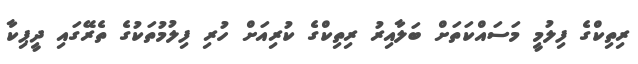
ރިތިކްގެ ފިލުމީ މަސައްކަތަށް ބަލާއިރު ރިތިކްގެ ކުރިއަށް ހުރި ފިލުމުތަކުގެ ތެރޭގައި ދީޕިކާ